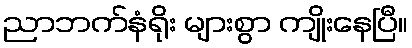
ညာဘက်နံရိုး များစွာ ကျိုးနေပြီ။